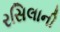
રસિલાની